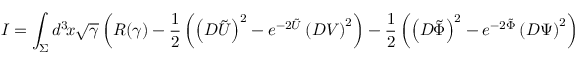
I = \int _ { \Sigma } d ^ { 3 } \! x \sqrt { \gamma } \left( R ( \gamma ) - { \frac { 1 } { 2 } } \left( \left( D \tilde { U } \right) ^ { 2 } - e ^ { - 2 \tilde { U } } \left( D V \right) ^ { 2 } \right) - { \frac { 1 } { 2 } } \left( \left( D \tilde { \Phi } \right) ^ { 2 } - e ^ { - 2 \tilde { \Phi } } \left( D \Psi \right) ^ { 2 } \right) \right) \ ,